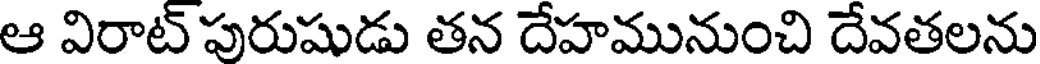
ఆ విరాట్ పురుషుడు తన దేహమునుంచి దేవతలను